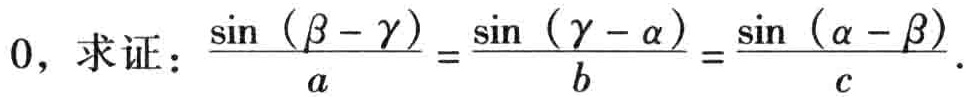
$0，求证：\frac{\sin(\beta - \gamma)}{a}=\frac{\sin(\gamma - \alpha)}{b}=\frac{\sin(\alpha - \beta)}{c}.$